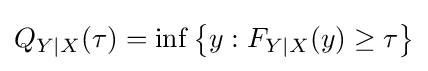
Q_{Y|X}(\tau )=\inf \left\{y:F_{Y|X}(y)\geq \tau \right\}